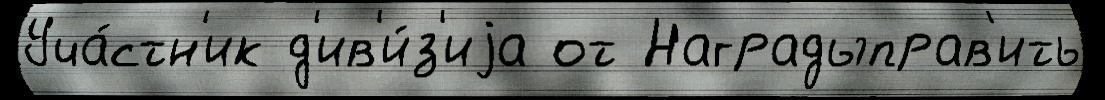
Уча́стн'ик д'ив'и́з'иjа от Наградыправ'ить